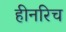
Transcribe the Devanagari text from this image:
हीनरिच